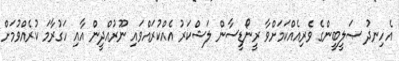
އެހިނދު ޞަލީބީންގެ ވެރިއެއްކަމަށްވާ ރީނޯޑީސާން ލަޝްކަރު އެއްކުރައްވައި ނޫރުއްދީން އާއި ހަގުރާމަ ކުރެއްވުމަށް